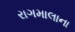
રાગમાલાના